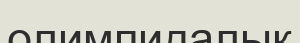
олимпидалық